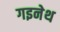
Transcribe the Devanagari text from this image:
गइनेथ